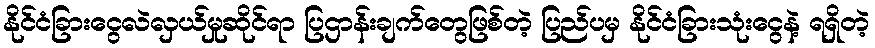
နိုင်ငံခြားငွေလဲလှယ်မှုဆိုင်ရာ ပြဌာန်းချက်တွေဖြစ်တဲ့ ပြည်ပမှ နိုင်ငံခြားသုံးငွေနဲ့ ရရှိတဲ့